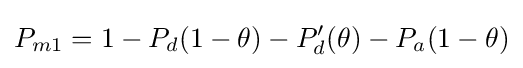
P_{m1}=1-P_{d}(1-\theta )-P_{d}'(\theta )-P_{a}(1-\theta )